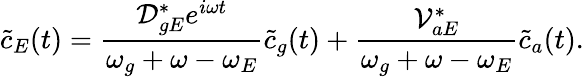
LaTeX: \tilde{c}_{E}(t)=\frac{\mathcal{D}_{gE}^{*}e^{i\omega t}}{\omega_{g}+\omega-\omega_{E}}\tilde{c}_{g}(t)+\frac{\mathcal{V}_{aE}^{*}}{\omega_{g}+\omega-\omega_{E}}\tilde{c}_{a}(t).